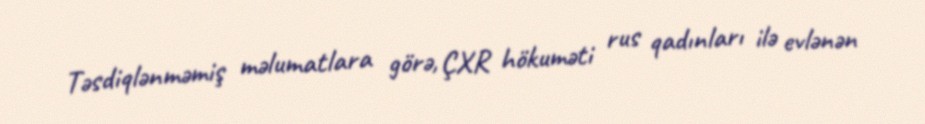
Təsdiqlənməmiş məlumatlara görə, ÇXR hökuməti rus qadınları ilə evlənən